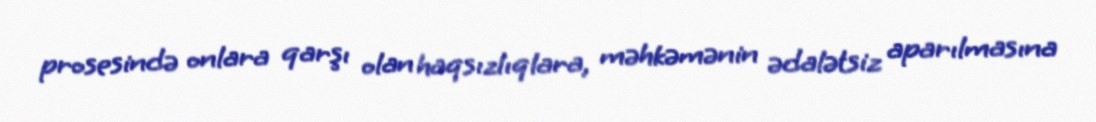
prosesində onlara qarşı olan haqsızlıqlara, məhkəmənin ədalətsiz aparılmasına